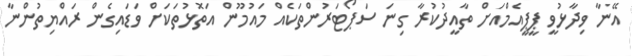
އޭނާ ވިދާޅުވީ ޕީޕީއެމްއަށް ތާއީދުކުރާ ގިނަ ސަޕޯޓަރުންތަކެއް މައުމޫން އަތޮޅުތަކަށް ވަޑައިގެން ރައްޔިތުންނާ